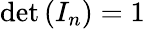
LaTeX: \operatorname*{det}\left(I_{n}\right)=1